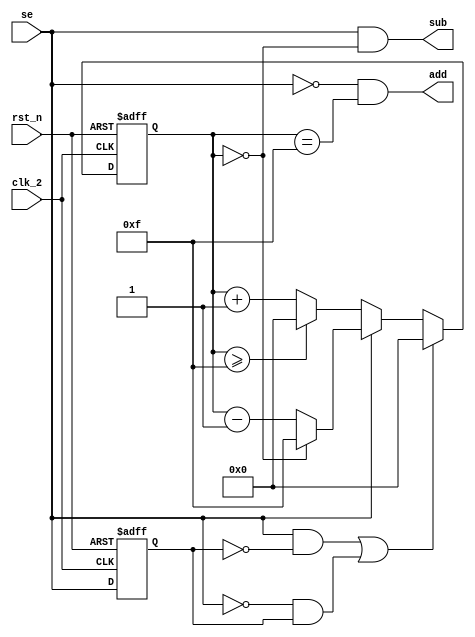
module dlf(    //digital loop frequency
    clk_2  ,
    rst_n  ,
    se     ,
    add    ,    
    sub
    );

    input               clk_2  ;
    input               rst_n  ;
    input               se     ;

    output wire         add    ;
    output wire         sub    ;

    reg  [3:0]          cnt    ;
    reg                 se_ff0 ;   

    wire                se_p   ;   
    wire                se_n   ;   

    parameter peak = 4'd15;         

    assign se_p = (se==1'b1)&&(se_ff0==1'b0);  
    assign se_n = (se==1'b0)&&(se_ff0==1'b1);  

    always  @(posedge clk_2 or negedge rst_n)begin   

        if(rst_n==1'b0)begin
            se_ff0 <= 1'b0;
        end
        else begin
            se_ff0 <= se;
        end
    end
     
    always@(posedge clk_2 or negedge rst_n)begin 
        if(rst_n==1'b0)begin
            cnt <= 1'b0;
        end
        else if((se_p==1'b1)||(se_n==1'b1)) begin  
            cnt <= 1'b0;
        end
        else if(!se) begin         
            if(cnt>=peak) begin    
                cnt <= 1'b0;
            end
            else begin
                cnt <= cnt + 1'b1;
            end
        end
        else begin                
            if(cnt==0) begin      
                cnt <= peak;
            end 
            else begin
                cnt <= cnt - 1'b1;
            end
        end
    end

    assign add = (!se)&&(cnt==peak);   
    assign sub = (se)&&(cnt==0);       

    endmodule